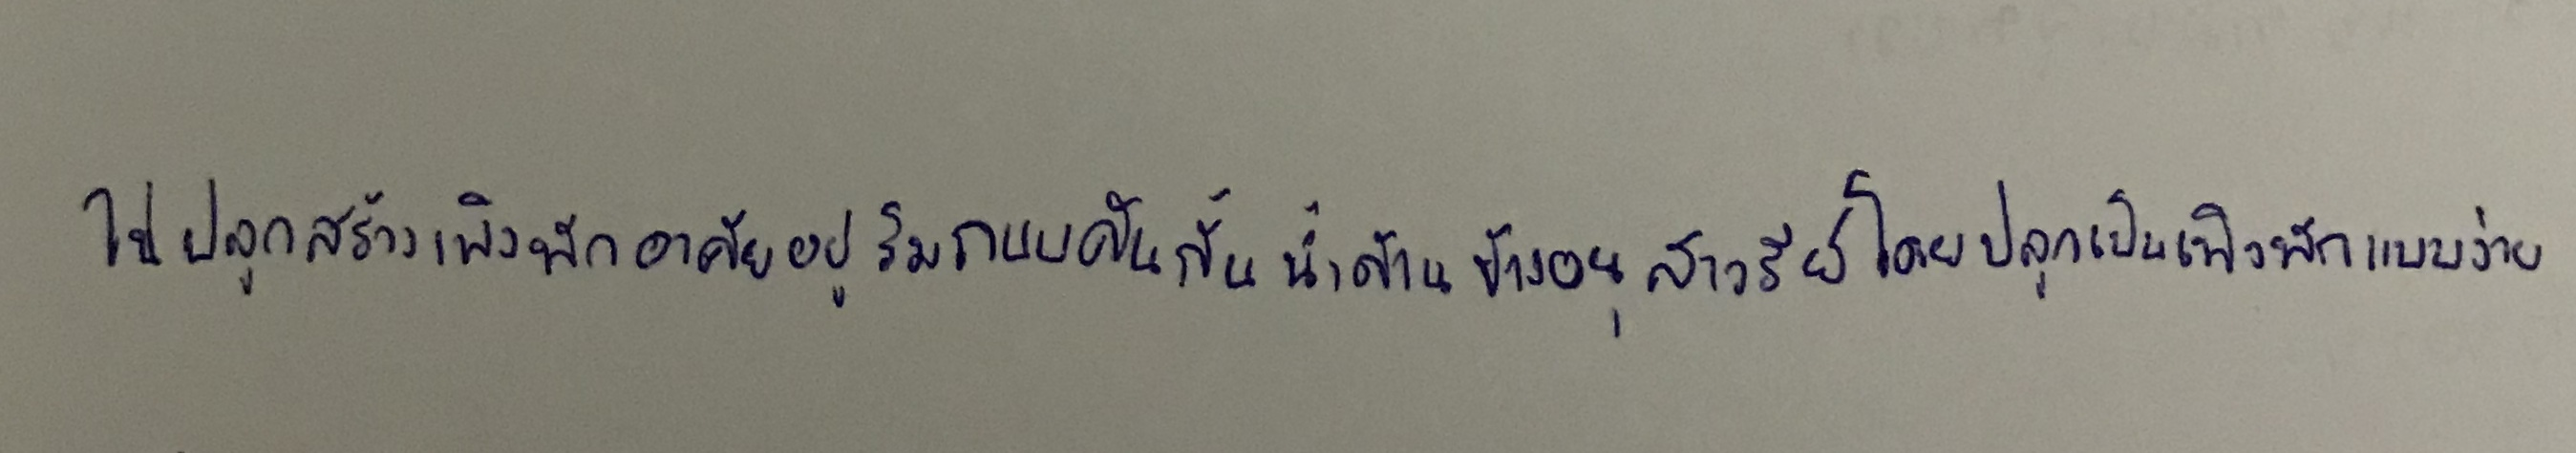
ไปปลูกสร้างเพิงพักอาศัยอยู่ริมถนนคันกั้นน้ำด้านข้างอนุสาวรีย์โดยปลูกเป็นเพิงพักแบบง่าย